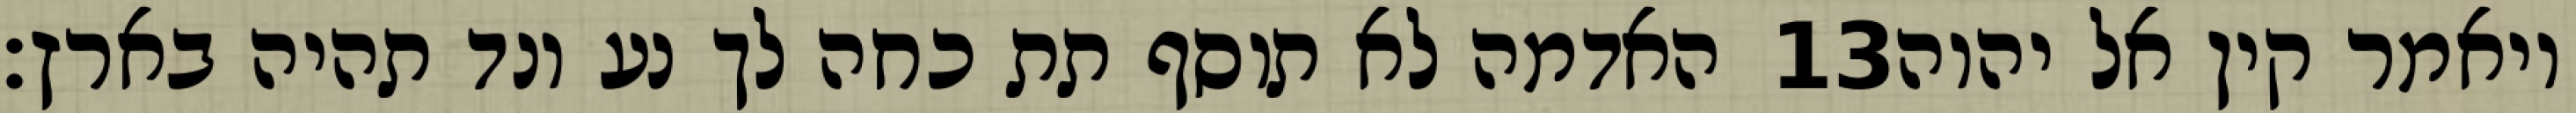
האדמה לא תוסף תת כחה לך נע ונד תהיה בארץ׃ ‎13‏ ויאמר קין אל יהוה